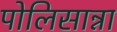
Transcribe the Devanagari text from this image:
पोलिसान्ना